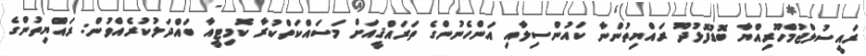
ރައީސުލްޖުމްހޫރިއްޔާ ބޮޑުފޮޅުދޫ ރައްޔިތުންނާ ކައުންސިލާއި އަންހެނުންގެ ތަރައްޤީއަށް މަސައްކަތްކުރާ ކޮމިޓީއާ ބައްދަލުކުރެއްވުން: ރައްޔިތުންގެ